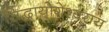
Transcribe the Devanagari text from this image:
सिद्धायोगेश्वराय